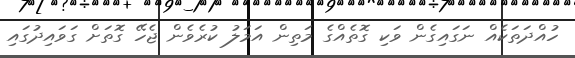
ހުއްދަތަކެއް ނަގައިގެން ވަކި ގޮތެއްގެ މަތިން އަމަލު ކުރެވެން ޖެހޭ ގޮތަށް ގަވައިދުގައި